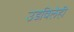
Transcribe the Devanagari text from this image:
उडविलेही